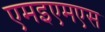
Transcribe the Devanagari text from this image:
एमइएमएस